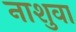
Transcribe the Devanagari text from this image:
नाशुवा